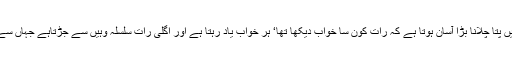
اس عمر میں پتا چلانا بڑا آسان ہوتا ہے کہ رات کون سا خواب دیکھا تھا‘ ہر خواب یاد رہتا ہے اور اگلی رات سلسلہ وہیں سے جڑتاہے جہاں سے ٹوٹتا ہے۔